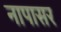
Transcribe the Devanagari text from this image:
नापासर